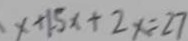
x + 1 . 5 x + 2 x = 2 7